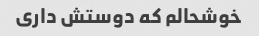
خوشحالم که دوستش داری